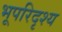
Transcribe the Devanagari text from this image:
भूपरिदृश्य